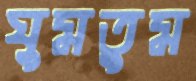
ঘুমতুম